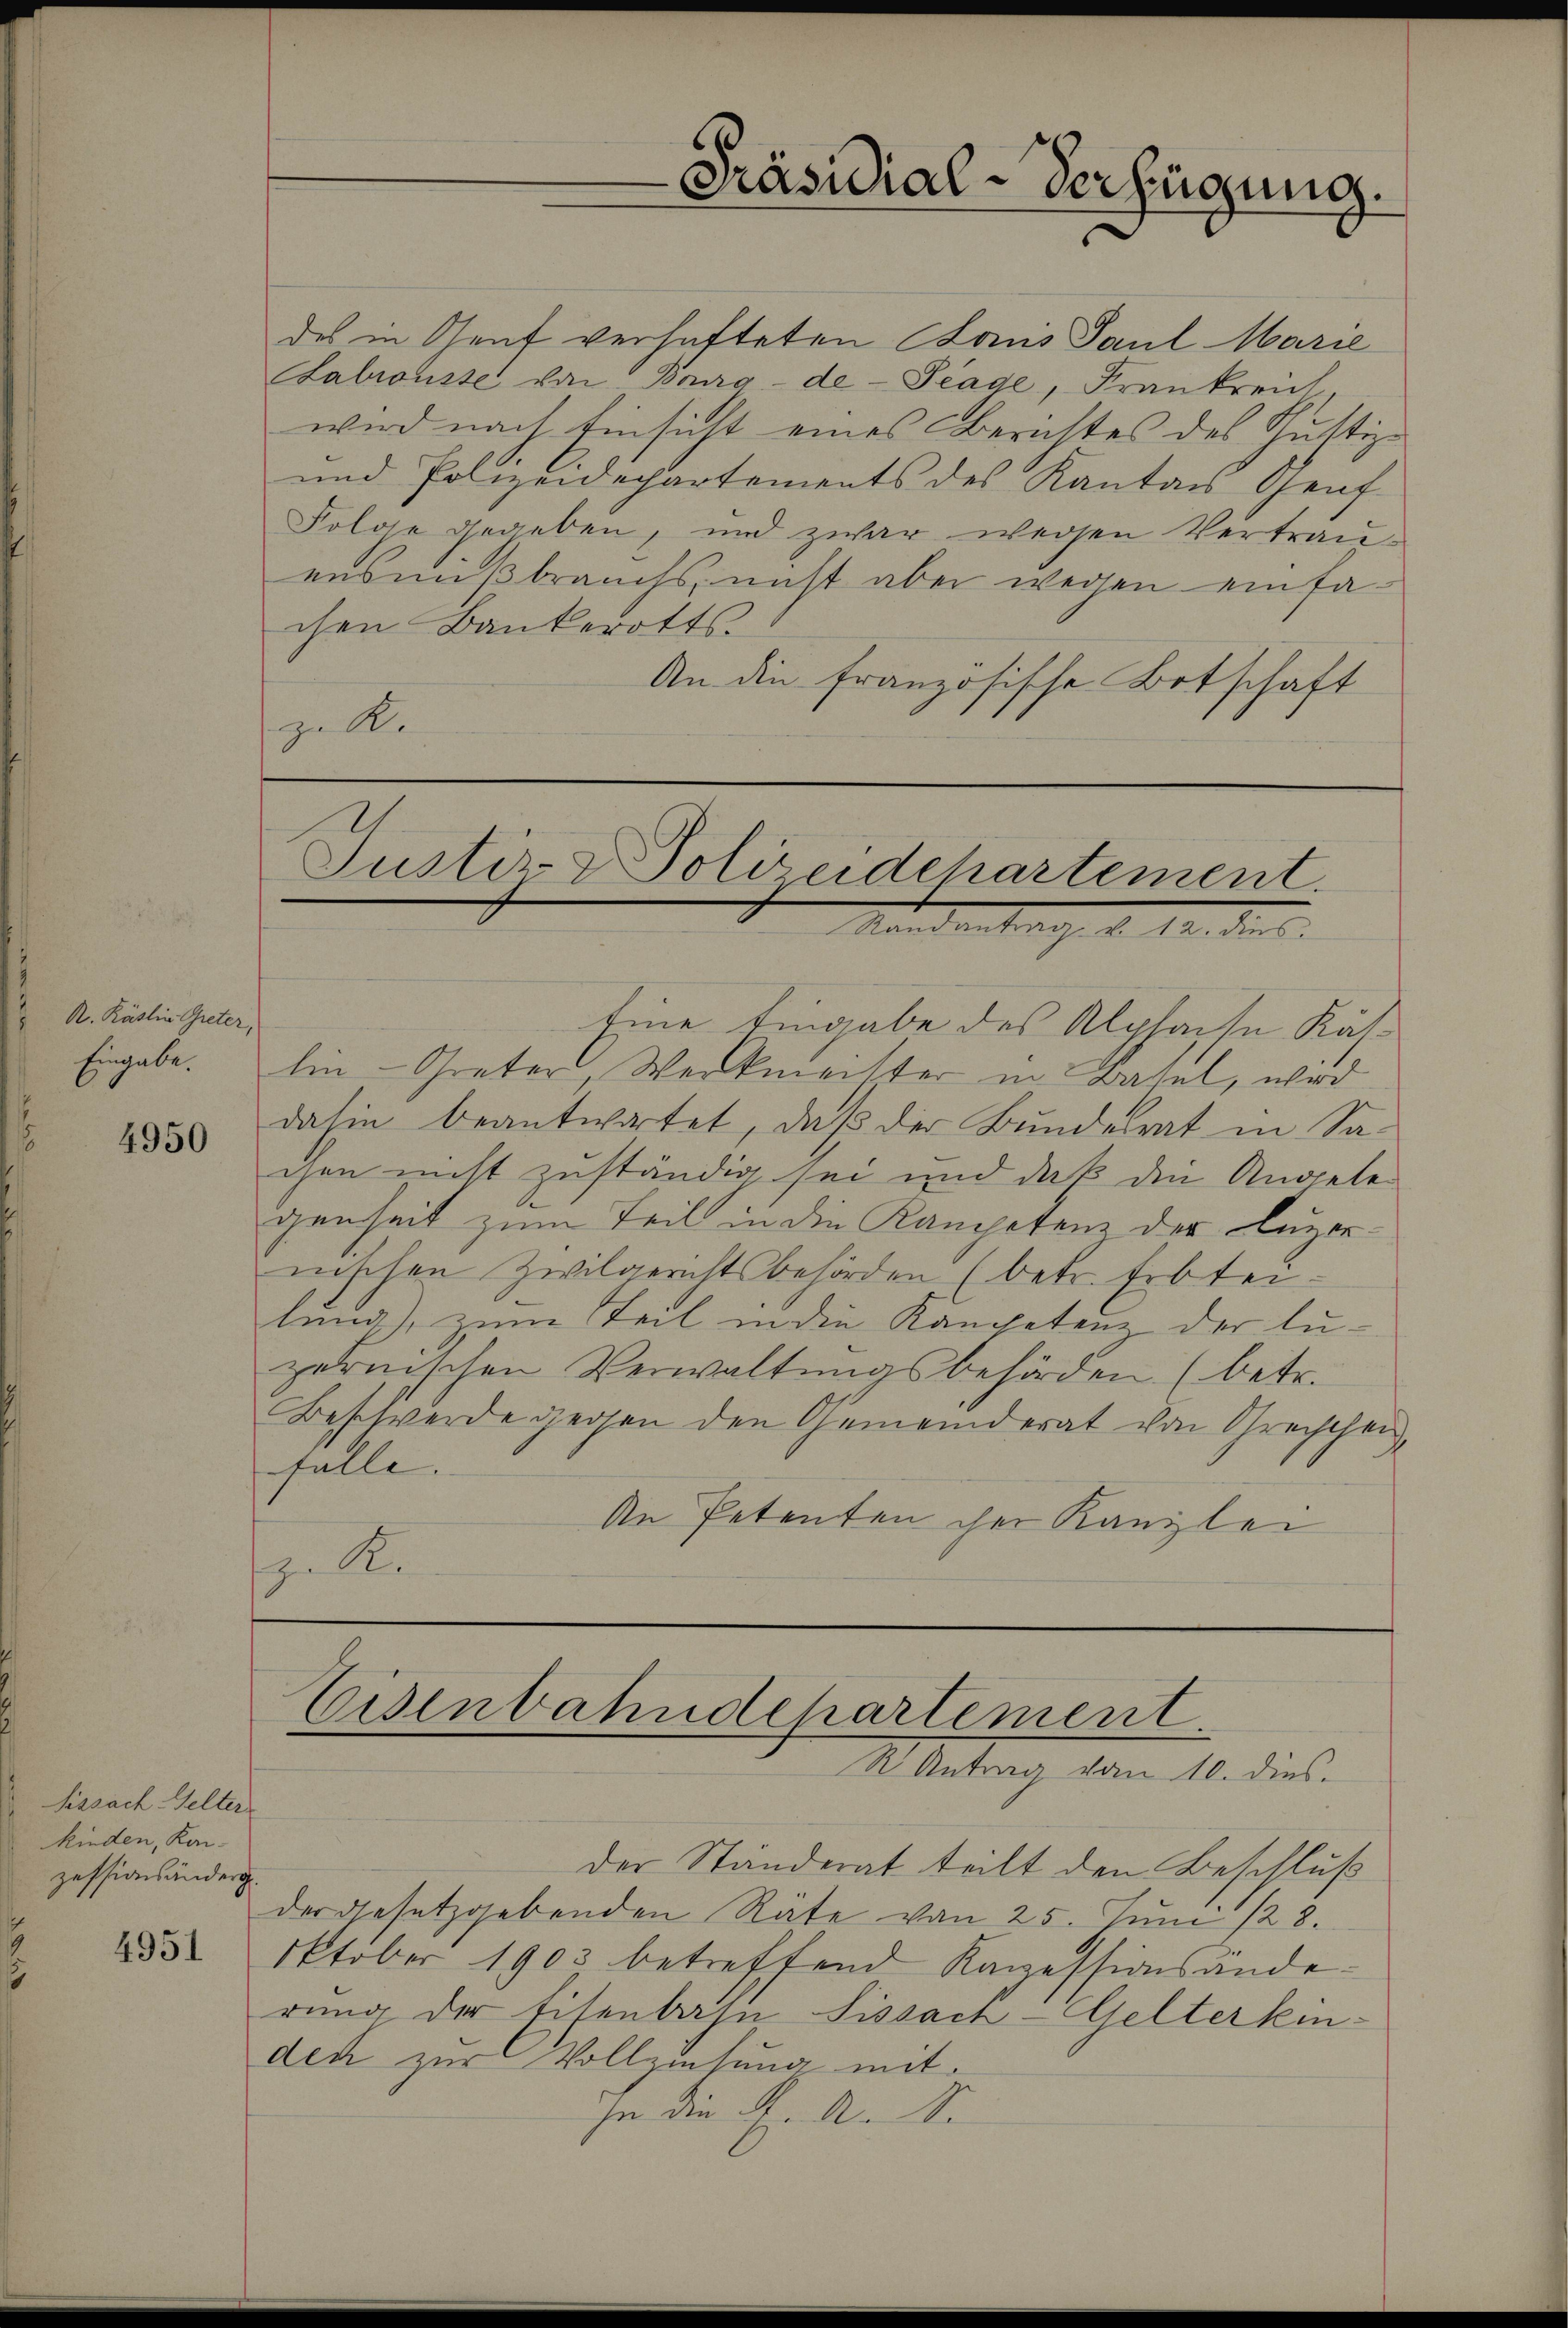
A. Käslin Greter,
Eingabe.

4950

Sissach Gelter
kinden, Kan-
zessionsänders.

des in Genf verhafteten Bonis Paul Marie
Falrousse von Bourg - de - Trage, Frankreich.
wird nach Einsicht eines Berichtes des Schuttig
und Polizeidepartements des Kanton Graf
Folose gegeben, und zwar wegen Vertrauensmißbrauchs, nicht aber wegen einfachen Bankerotts-
An die französische Botschaft
zu R.

Eine Eingabe des Alphaise Käslin-Greter, Werkmachter in Basel, wird
dahin beantwortet, daß der Bundesrat in Sa-
chen nicht zuständig sei und daß die Angelegenheit zum Teil in die Kampotenz der Luzernischen Zivilgerichtsbehörden (betr. Erbteilung), zum Teil in die Kanpeten der luzernischen Verwaltungsbehörden (betr.
Beschwerde gegen den Gemeinderat von Greischen,
falle. |
An Petenten ihre Kanzlei
z. R.

Präsidial-Verfügung.

Justiz- & Polizeidchartement.
Ain den Nach d. M. der

Eisenbahndepartement
R. Antrag vom 10. dies.

der Ständerat teilt den Beschluß
der Gesetzgebenden Räte von 25. Juni /23.
2550 Oktober 1903 betreffend Kapessionsänderŭng der Eisenbahn Sissach Gelterkindec zur Vollziehung mit
jn die K. A. S.